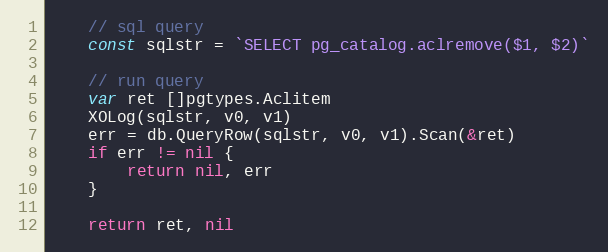
Language: Go
	// sql query
	const sqlstr = `SELECT pg_catalog.aclremove($1, $2)`

	// run query
	var ret []pgtypes.Aclitem
	XOLog(sqlstr, v0, v1)
	err = db.QueryRow(sqlstr, v0, v1).Scan(&ret)
	if err != nil {
		return nil, err
	}

	return ret, nil